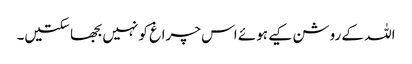
اللہ کے روشن کیے ہوئے اس چراغ کو نہیں بجھا سکتیں۔